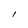
Character: l